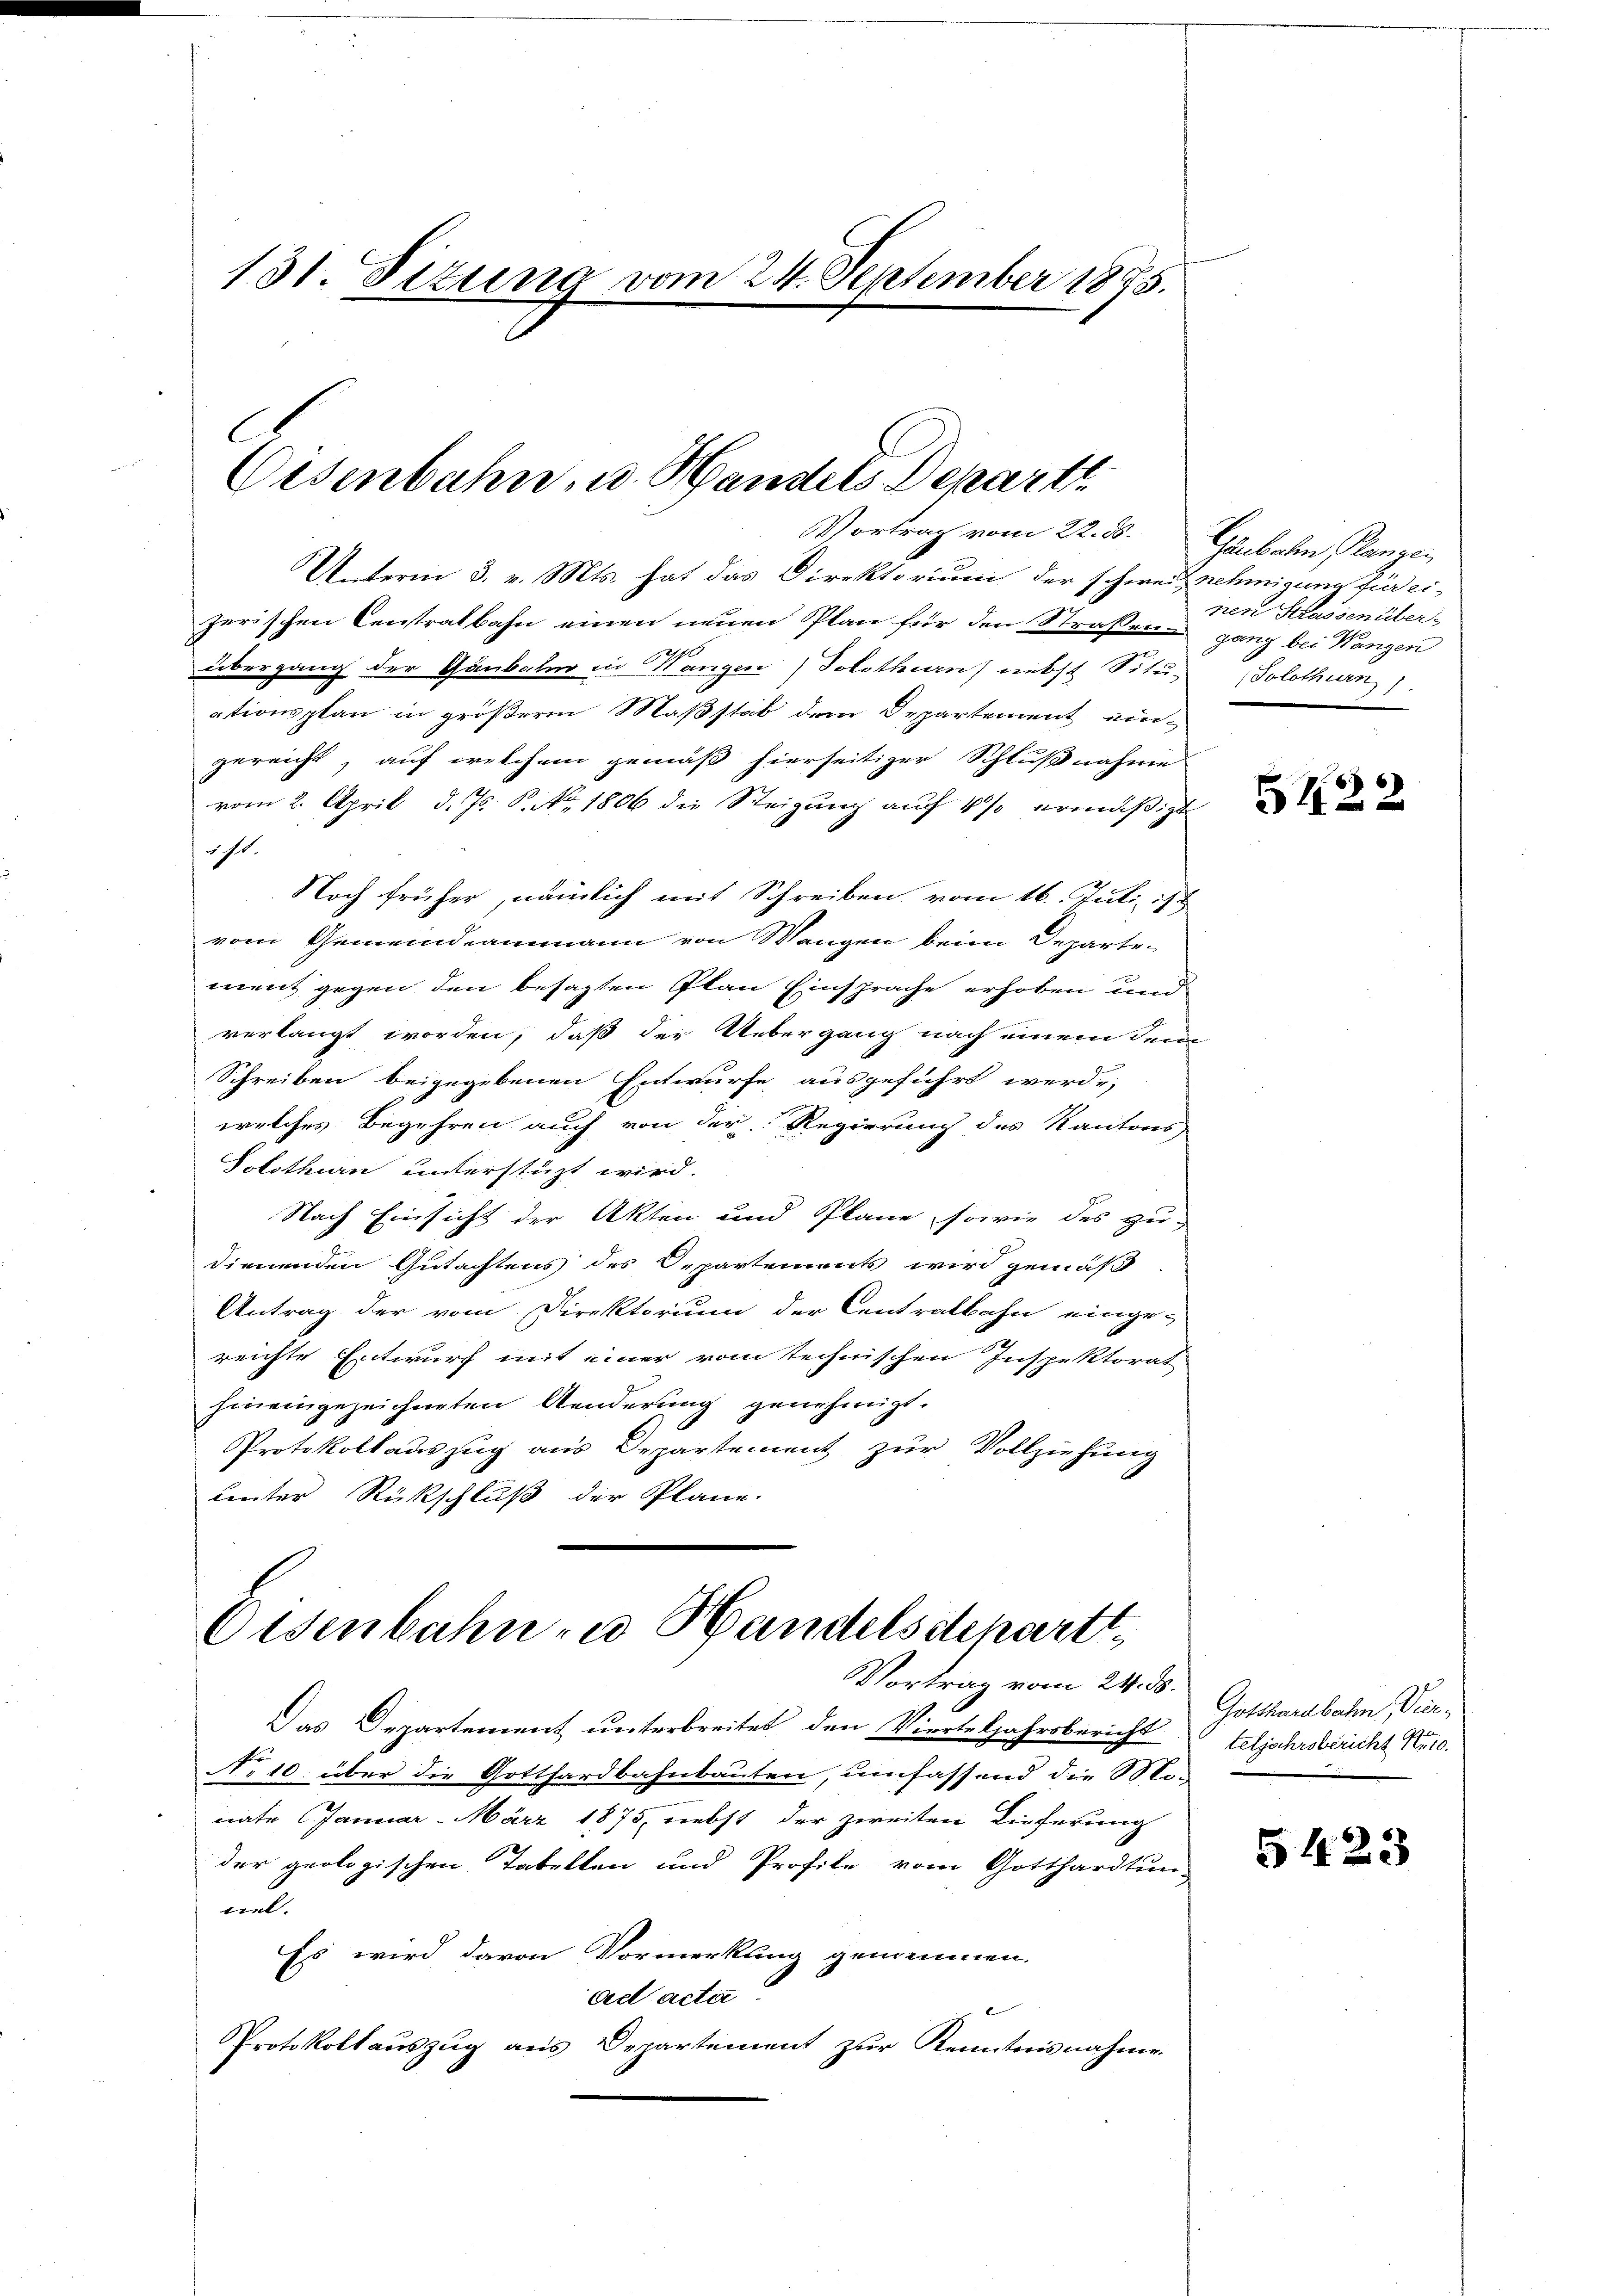
131. Sizung vom 24. September 1885.

Eisenbahn, u. Handels-Depart

Vortrag vom 22. ds.
UUnterm 3. v. Mts. hat das Direktorium der schweiz nehmigung für ei-
zerischen Centralbahn einen neuen Plan für den Straßen ganz bei Wangen
290
übergang der Gaubalm in Wangen) Solothurn nebst Situ- (Solothurn).
ationsplan in größerm Maßstab dem Departement eingereicht, auf welchem gemäß hierseitiger Schlußnahme
vom 2. April d. Js. S. No. 1806 die Steigung auf 4 % ermäßigt
st.
Noch früher, nämlich mit Schreiben vom 16. Juli 178
vom Gemeindeammann von Wangen beim Departe-
ment gegen den besagten Plan Einsprache erhoben und
verlangt worden, daß der Uebergang nach einem Sen¬
Schreiben beigegebenen Entwurfe ausgeführt werde,
welches Begehren auch von der Regierung des Kantons,
Solothurn unterstüzt wird.
Nach Einsicht der Akten und Pläne, sowie des zu-
dienenden Gutachtens des Departements wird gemäß
Antrag der vom Direktorium der Centralbahn einge-
reichte Entwurf mit einer vom technischen Inspektorat
hineingezeichneten Aenderung genehmigt.
Protokollauszug aus Departement zur Vollziehung
unter Rückschluß der Pläne.
Osenbahn zu Handelsdchartt
Vortrag vom 24. ds.
Das Departement unterbreitet, den Vierteljahrsbericht
No 10. über die Gotthardbahnbauten, umfassend die Monate Januar - März 1875, nebst der zweiten Lieferung
der geologischen Tabellen und Profite vom Gotthardtun-
nel.
Es wird davon Vormerkung genommen.
ad acta
Protokollauszug aus Departement zur Kenntnisnahme

Gaubalen Mangen
nen Strassen über

5122

Gotthardbahn Vierteljahrsbericht K.10.

5423